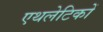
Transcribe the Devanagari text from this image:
एथलेटिकों